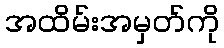
အထိမ်းအမှတ်ကို